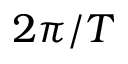
2 \pi / T